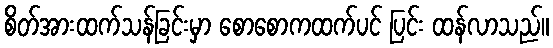
စိတ်အားထက်သန်ခြင်းမှာ စောစောကထက်ပင် ပြင်း ထန်လာသည်။